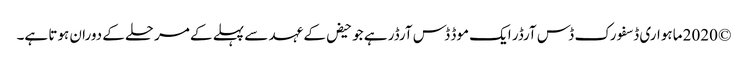
© 2020 ماہواری ڈسفورک ڈس آرڈر ایک موڈ ڈس آرڈر ہے جو حیض کے عہد سے پہلے کے مرحلے کے دوران ہوتا ہے۔